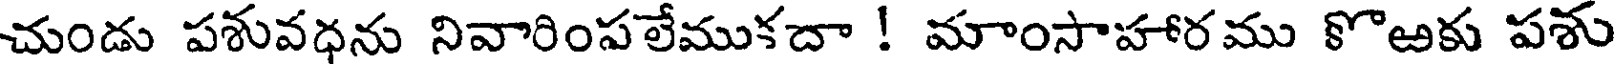
చుండు పశువధను నివారింపలేముకదా ! మాంసాహారము కొఱకు పశు